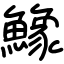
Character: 鱌